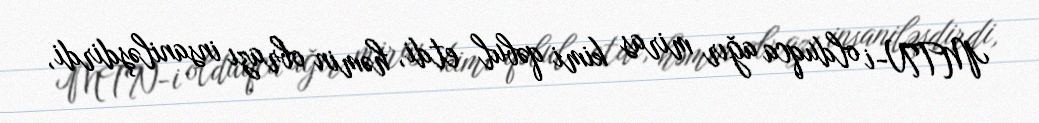
MTN-i olduqca ağır miras kimi qəbul etdi, həmin obrazı insaniləşdirdi,